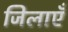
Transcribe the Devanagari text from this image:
जिलाएँ